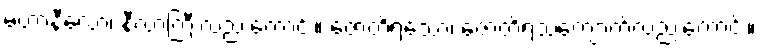
မဟာနီလော၊ နီလာကြီးလည်းကောင်း။ ဇောတိရသော၊ ဇောတိရသ်ကျောက်လည်းကောင်း။